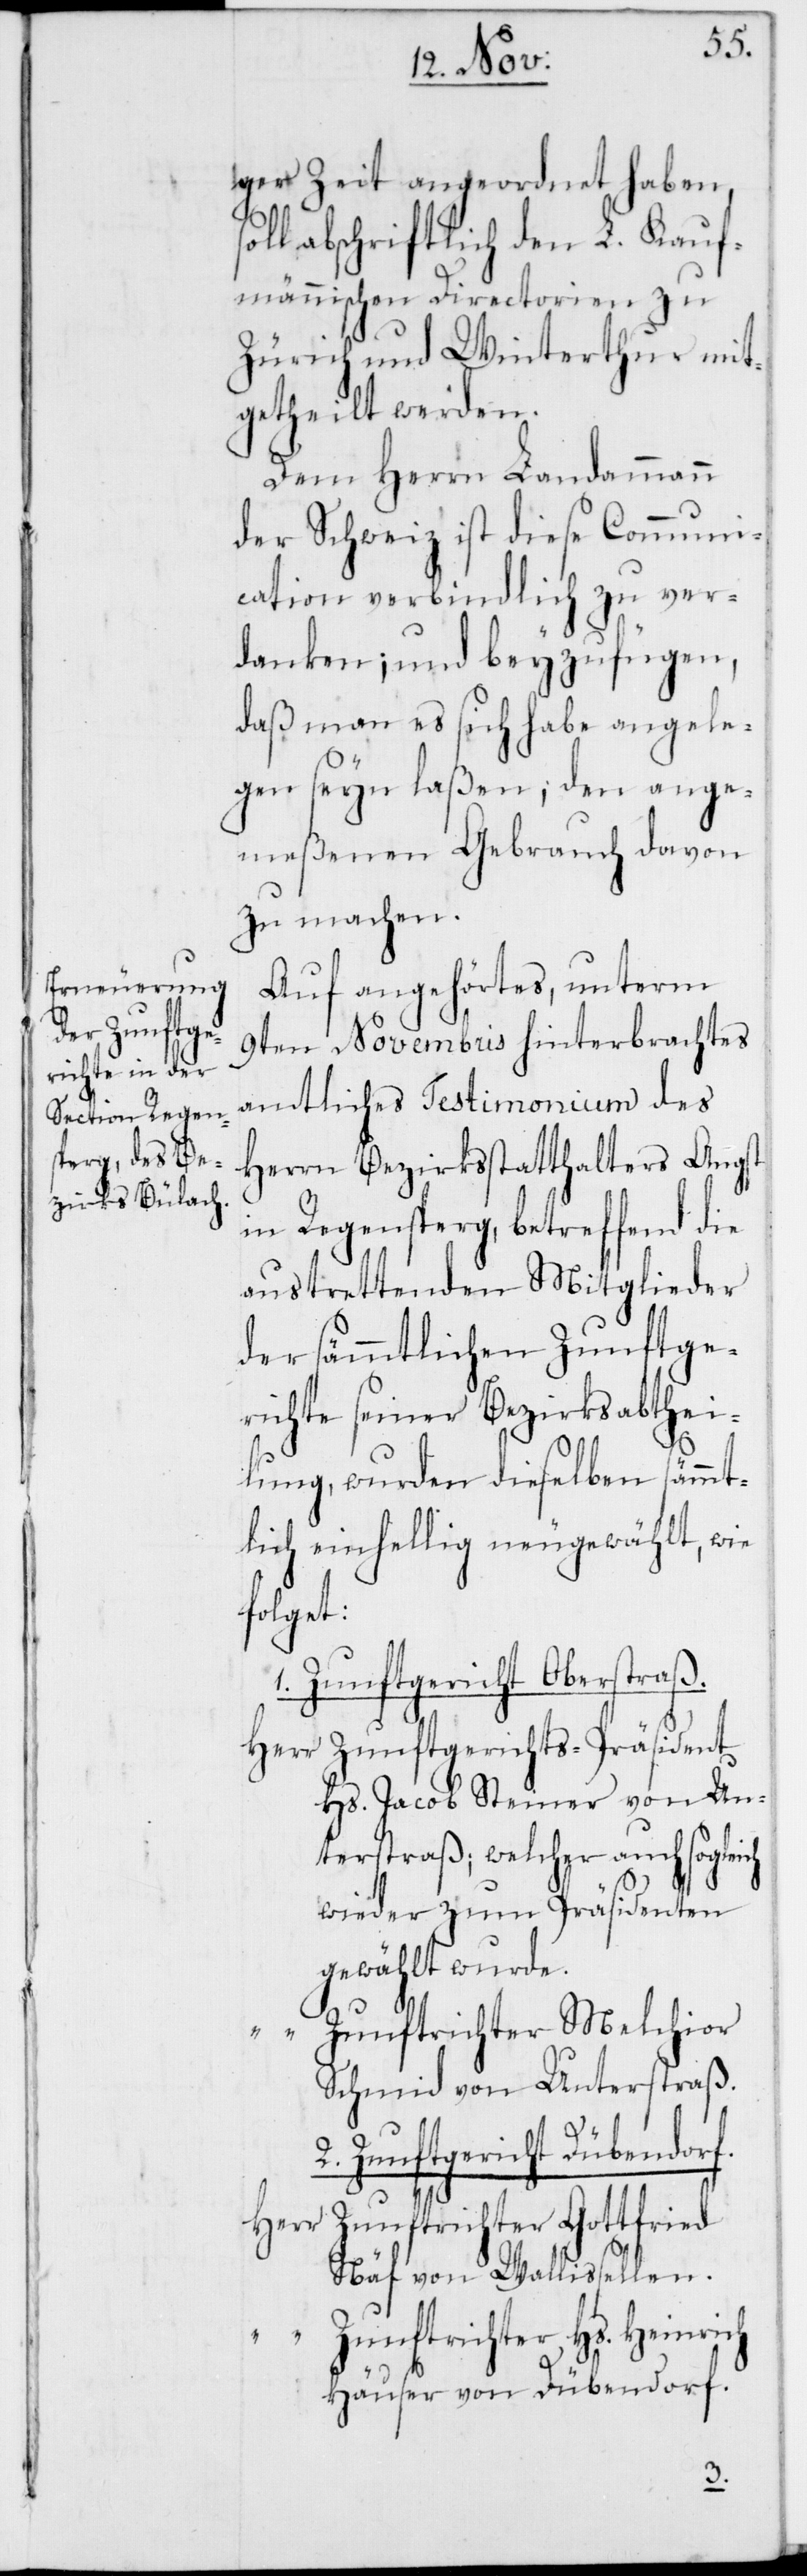
ich
ger Zeit angeordnet haben,
oll abschriftlich den L. Kauf¬
männischen Directorien zu
Zürich und Winterthur mit¬
getheilt werden.
Dem Herrn Landammann
der Schweiz ist diese Communi¬
cation verbindlich zu ver¬
danken; und beyzufügen,
daß man es sich habe angele¬
gen seyn laßen, den ange¬
meßenen Gebrauch davon
zu machen.
Auf angehörtes, unterm
9ten Novembris hinterbrachtes
amtliches Testimonium des
Herrn Bezirksstatthalters Angst
in Regensperg, betreffend die
austrettenden Mitglieder
der sämmtlichen Zunftge¬
richte seiner Bezirksabthei¬
lung, wurden dieselben sämmt¬
lich einhellig neugewählt, wie
folget:
1. Zunftgericht Oberstraß
Zunftgerichts-Präsident
Hs. Jacob Steiner von Un¬
terstraß; welcher auch sogle¬
wieder zum Präsidenten
gewählt wurde.
Zunftrichter Melchior
Schmid von Unterstraß.
Zunftgericht Dübendor¬
Herr Zunftrichter Gottfried
Näf von Wallissellen.
Zunftrichter Hs .Heinrich
Häuser von Dübendorf.
f.